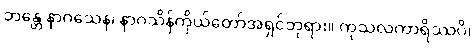
ဘန္တေ နာဂသေန၊ နာဂသိန်ကိုယ်တော်အရှင်ဘုရား။ ကုသလကာရိဿပိ၊